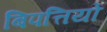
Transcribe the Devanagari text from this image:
बिपत्तियों